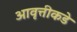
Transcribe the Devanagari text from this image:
आवृत्तीकडे